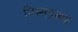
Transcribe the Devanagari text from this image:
निम्नप्रवाह